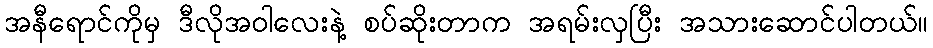
အနီရောင်ကိုမှ ဒီလိုအဝါလေးနဲ့ စပ်ဆိုးတာက အရမ်းလှပြီး အသားဆောင်ပါတယ်။